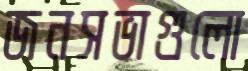
জনসভাগুলো